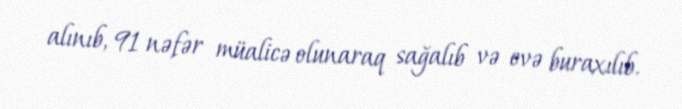
alınıb, 91 nəfər müalicə olunaraq sağalıb və evə buraxılıb.